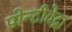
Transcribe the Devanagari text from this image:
पोन्टीवेद्रा